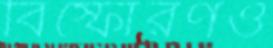
বিস্ফোরণও